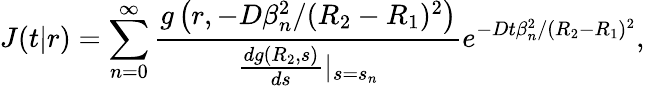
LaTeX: J(t|r)=\sum_{n=0}^{\infty}\frac{g\left(r,-D\beta_{n}^{2}/(R_{2}-R_{1})^{2}\right)}{\frac{dg(R_{2},s)}{ds}|_{s=s_{n}}}e^{-Dt\beta_{n}^{2}/(R_{2}-R_{1})^{2}},